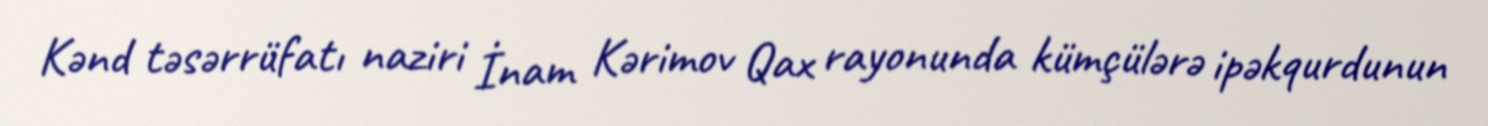
Kənd təsərrüfatı naziri İnam Kərimov Qax rayonunda kümçülərə ipəkqurdunun